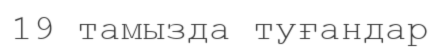
19 тамызда туғандар